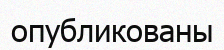
опубликованы